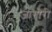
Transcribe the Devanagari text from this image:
जागोरी